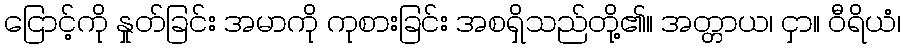
ငြောင့်ကို နှုတ်ခြင်း အမာကို ကုစားခြင်း အစရှိသည်တို့၏။ အတ္တာယ၊ ငှာ။ ဝီရိယံ၊